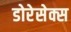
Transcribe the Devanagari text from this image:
डोरेसेक्स